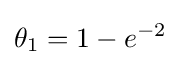
\theta _{1}=1-e^{-2}